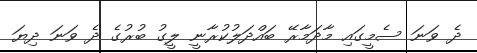
ދެ ވަނަ ސެމީގައި މާދަމާރޭ ބައްދަލުކުރާނީ ލީގު ބުރުގެ ދެ ވަނަ ދިޔަ